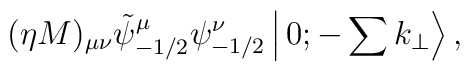
(\eta M)_{\mu\nu}\tilde{\psi}_{-1/2}^\mu\psi_{-1/2}^\nu\left|\,0;-\sum k_\perp\right>,